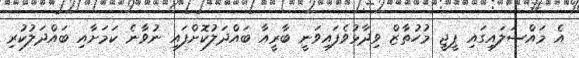
އެ މައްސަލައިގައި ޕީޖީ މުހުތާޒް ވިދާޅުވެފައިވަނީ ބާރީއާ ބައްދަލުކޮށްފައި ނުވާނެ ކަމަށާއި ބައްދަލުކުރި